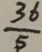
\frac { 3 6 } { 5 }